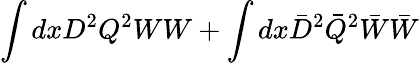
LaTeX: \int{dxD^{2}Q^{2}}WW+\int{dx\bar{D}^{2}\bar{Q}^{2}}\bar{W}\bar{W}